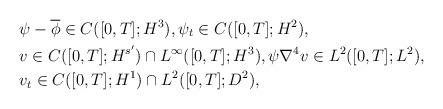
LaTeX: \begin{align*}& \psi-\overline{\phi}\in C([0,T]; H^3), \psi_t \in C([0,T]; H^2),\\& v\in C([0,T] ; H^{s'})\cap L^\infty([0,T]; H^3) , \psi \nabla^4 v\in L^2([0,T] ; L^2), \\& v_t \in C([0,T] ; H^1)\cap L^2([0,T] ; D^2),\end{align*}